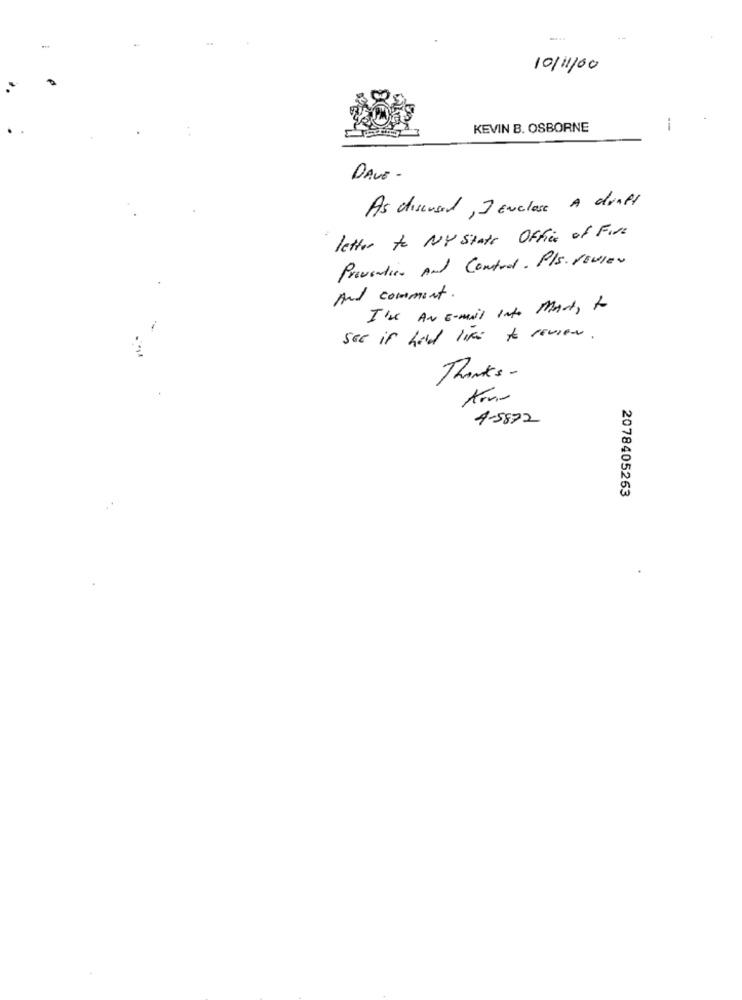
10/11/00
KEVIN B. OSBORNE
--
DAVE -
As discussed, I ENclose A draft
letter to NY State Office of Fire
Prevention And Control. Pls. VEvler
And comment .
I've AN E-mail Into Mart, to
see if he'd like to review .
Thanks-
Arno
4-5872
2078405263